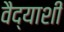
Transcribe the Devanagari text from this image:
वैद्याशी